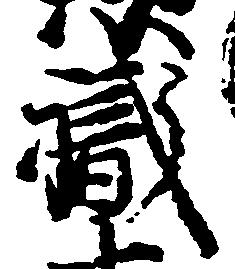
職